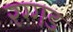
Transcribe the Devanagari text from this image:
रग्गड